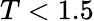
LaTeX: T<1.5